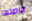
فرصتها